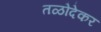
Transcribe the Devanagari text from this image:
तळोदेकर